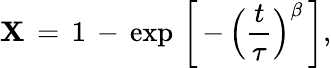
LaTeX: \mathbf{X}\, =\, 1\, -\, \mathrm{{exp}}\, \left[\, -\, \Bigl(\frac{{t}}{{\tau}}\Bigl)^{\beta}\, \right],